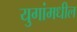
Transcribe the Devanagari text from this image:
युगांमधील